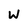
Character: W